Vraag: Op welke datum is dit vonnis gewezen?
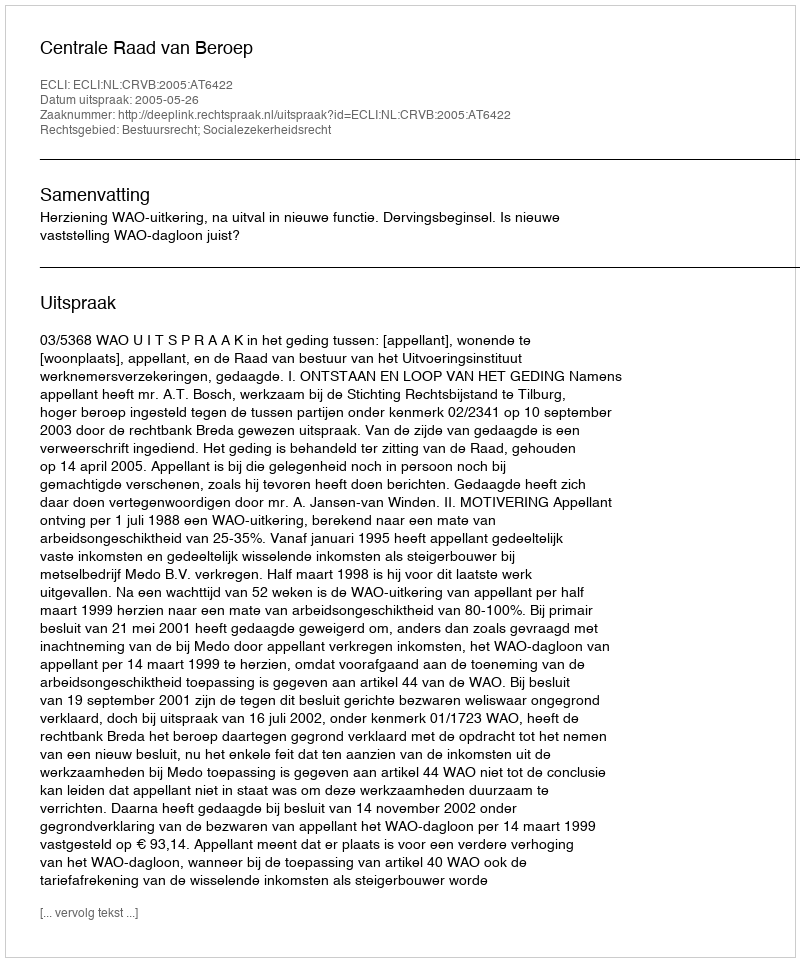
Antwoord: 2005-05-26